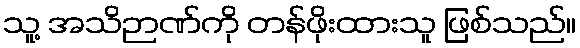
သူ့ အသိဉာဏ်ကို တန်ဖိုးထားသူ ဖြစ်သည်။